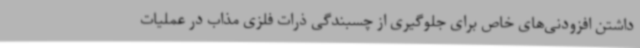
داشتن افزودنی‌های خاص برای جلوگیری از چسبندگی ذرات فلزی مذاب در عملیات